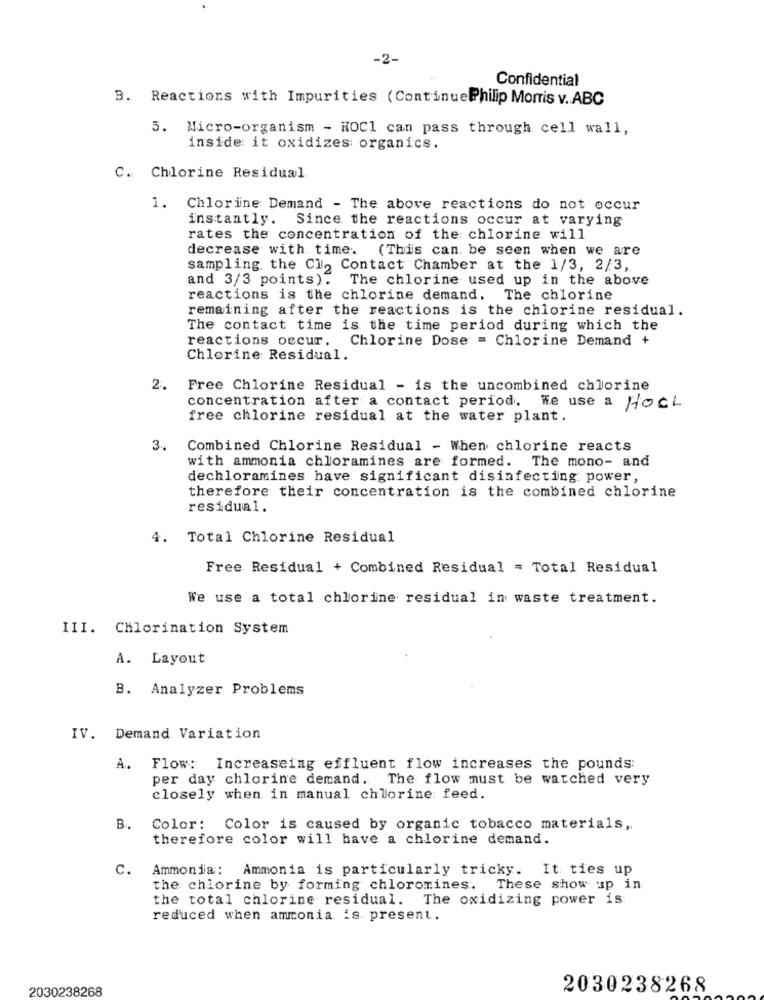
-2-
Confidential
B. Reactions with Impurities (ContinuePhilip Morris v. ABC
5. Micro-organism - KOCI can pass through cell wall,
inside: it oxidizes organics.
C. Chlorine Residual
1. Chlorine Demand - The above reactions do not occur
instantly. Since the reactions occur at varying
rates the concentration of the chlorine will
decrease with time. (This can be seen when we are
sampling the Cl, Contact Chamber at the 1/3, 2/3,
and 3/3 points). The chlorine used up in the above
reactions is the chlorine demand. The chlorine
remaining after the reactions is the chlorine residual.
The contact time is the time period during which the
reactions occur. Chlorine Dose = Chlorine Demand +
Chlorine Residual.
2. Free Chlorine Residual - is the uncombined chlorine
concentration after a contact period. We use a HOCL
free chlorine residual at the water plant.
3. Combined Chlorine Residual - When chlorine reacts
with ammonia chloramines are formed. The mono- and
dechloramines have significant disinfecting power,
therefore their concentration is the combined chlorine
residual.
4.
Total Chlorine Residual
Free Residual + Combined Residual = Total Residual
We use a total chlorine residual in waste treatment.
III. Chlorination System
A. Layout
B. Analyzer Problems
IV. Demand Variation
A. Flow: Increaseing effluent flow increases the pounds:
per day chlorine demand. The flow must be watched very
closely when in manual chlorine feed.
B.
Color: Color is caused by organic tobacco materials,
therefore color will have a chlorine demand.
c.
Ammonia: Ammonia is particularly tricky. It ties up
the chlorine by forming chloromines. These show up in
the total chlorine residual. The oxidizing power is:
reduced when ammonia is present.
2030238268
2030238268